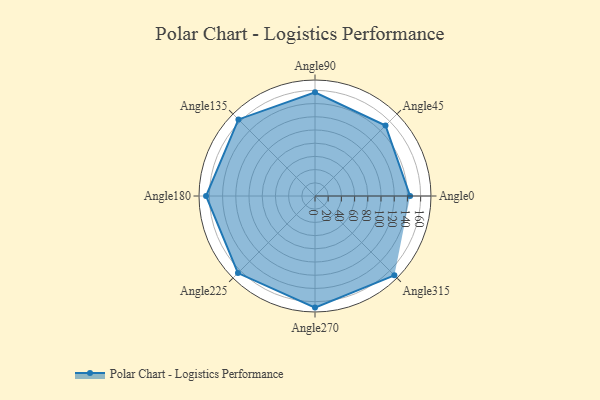
{"axis": {"x": "Angle", "y": "Radius"}, "legend": [""], "data": [{"x": "Angle0", "y": 144.0, "type": ""}, {"x": "Angle45", "y": 151.0, "type": ""}, {"x": "Angle90", "y": 157.0, "type": ""}, {"x": "Angle135", "y": 164.0, "type": ""}, {"x": "Angle180", "y": 165.0, "type": ""}, {"x": "Angle225", "y": 165.0, "type": ""}, {"x": "Angle270", "y": 169.0, "type": ""}, {"x": "Angle315", "y": 170, "type": ""}]}